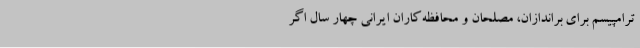
ترامپیسم برای براندازان، مصلحان و محافظه‌کاران ایرانی چهار سال اگر